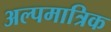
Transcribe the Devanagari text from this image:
अल्पमात्रिक